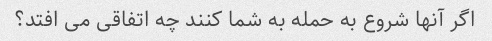
اگر آنها شروع به حمله به شما کنند چه اتفاقی می افتد؟